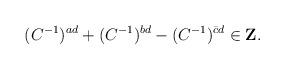
LaTeX: \begin{align*}(C^{-1})^{ad}+(C^{-1})^{bd}-(C^{-1})^{\bar{c}d}\in{\bf Z}.\end{align*}